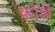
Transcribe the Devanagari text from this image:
फॉशे